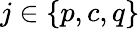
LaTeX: j\in\{ p,c,q\}